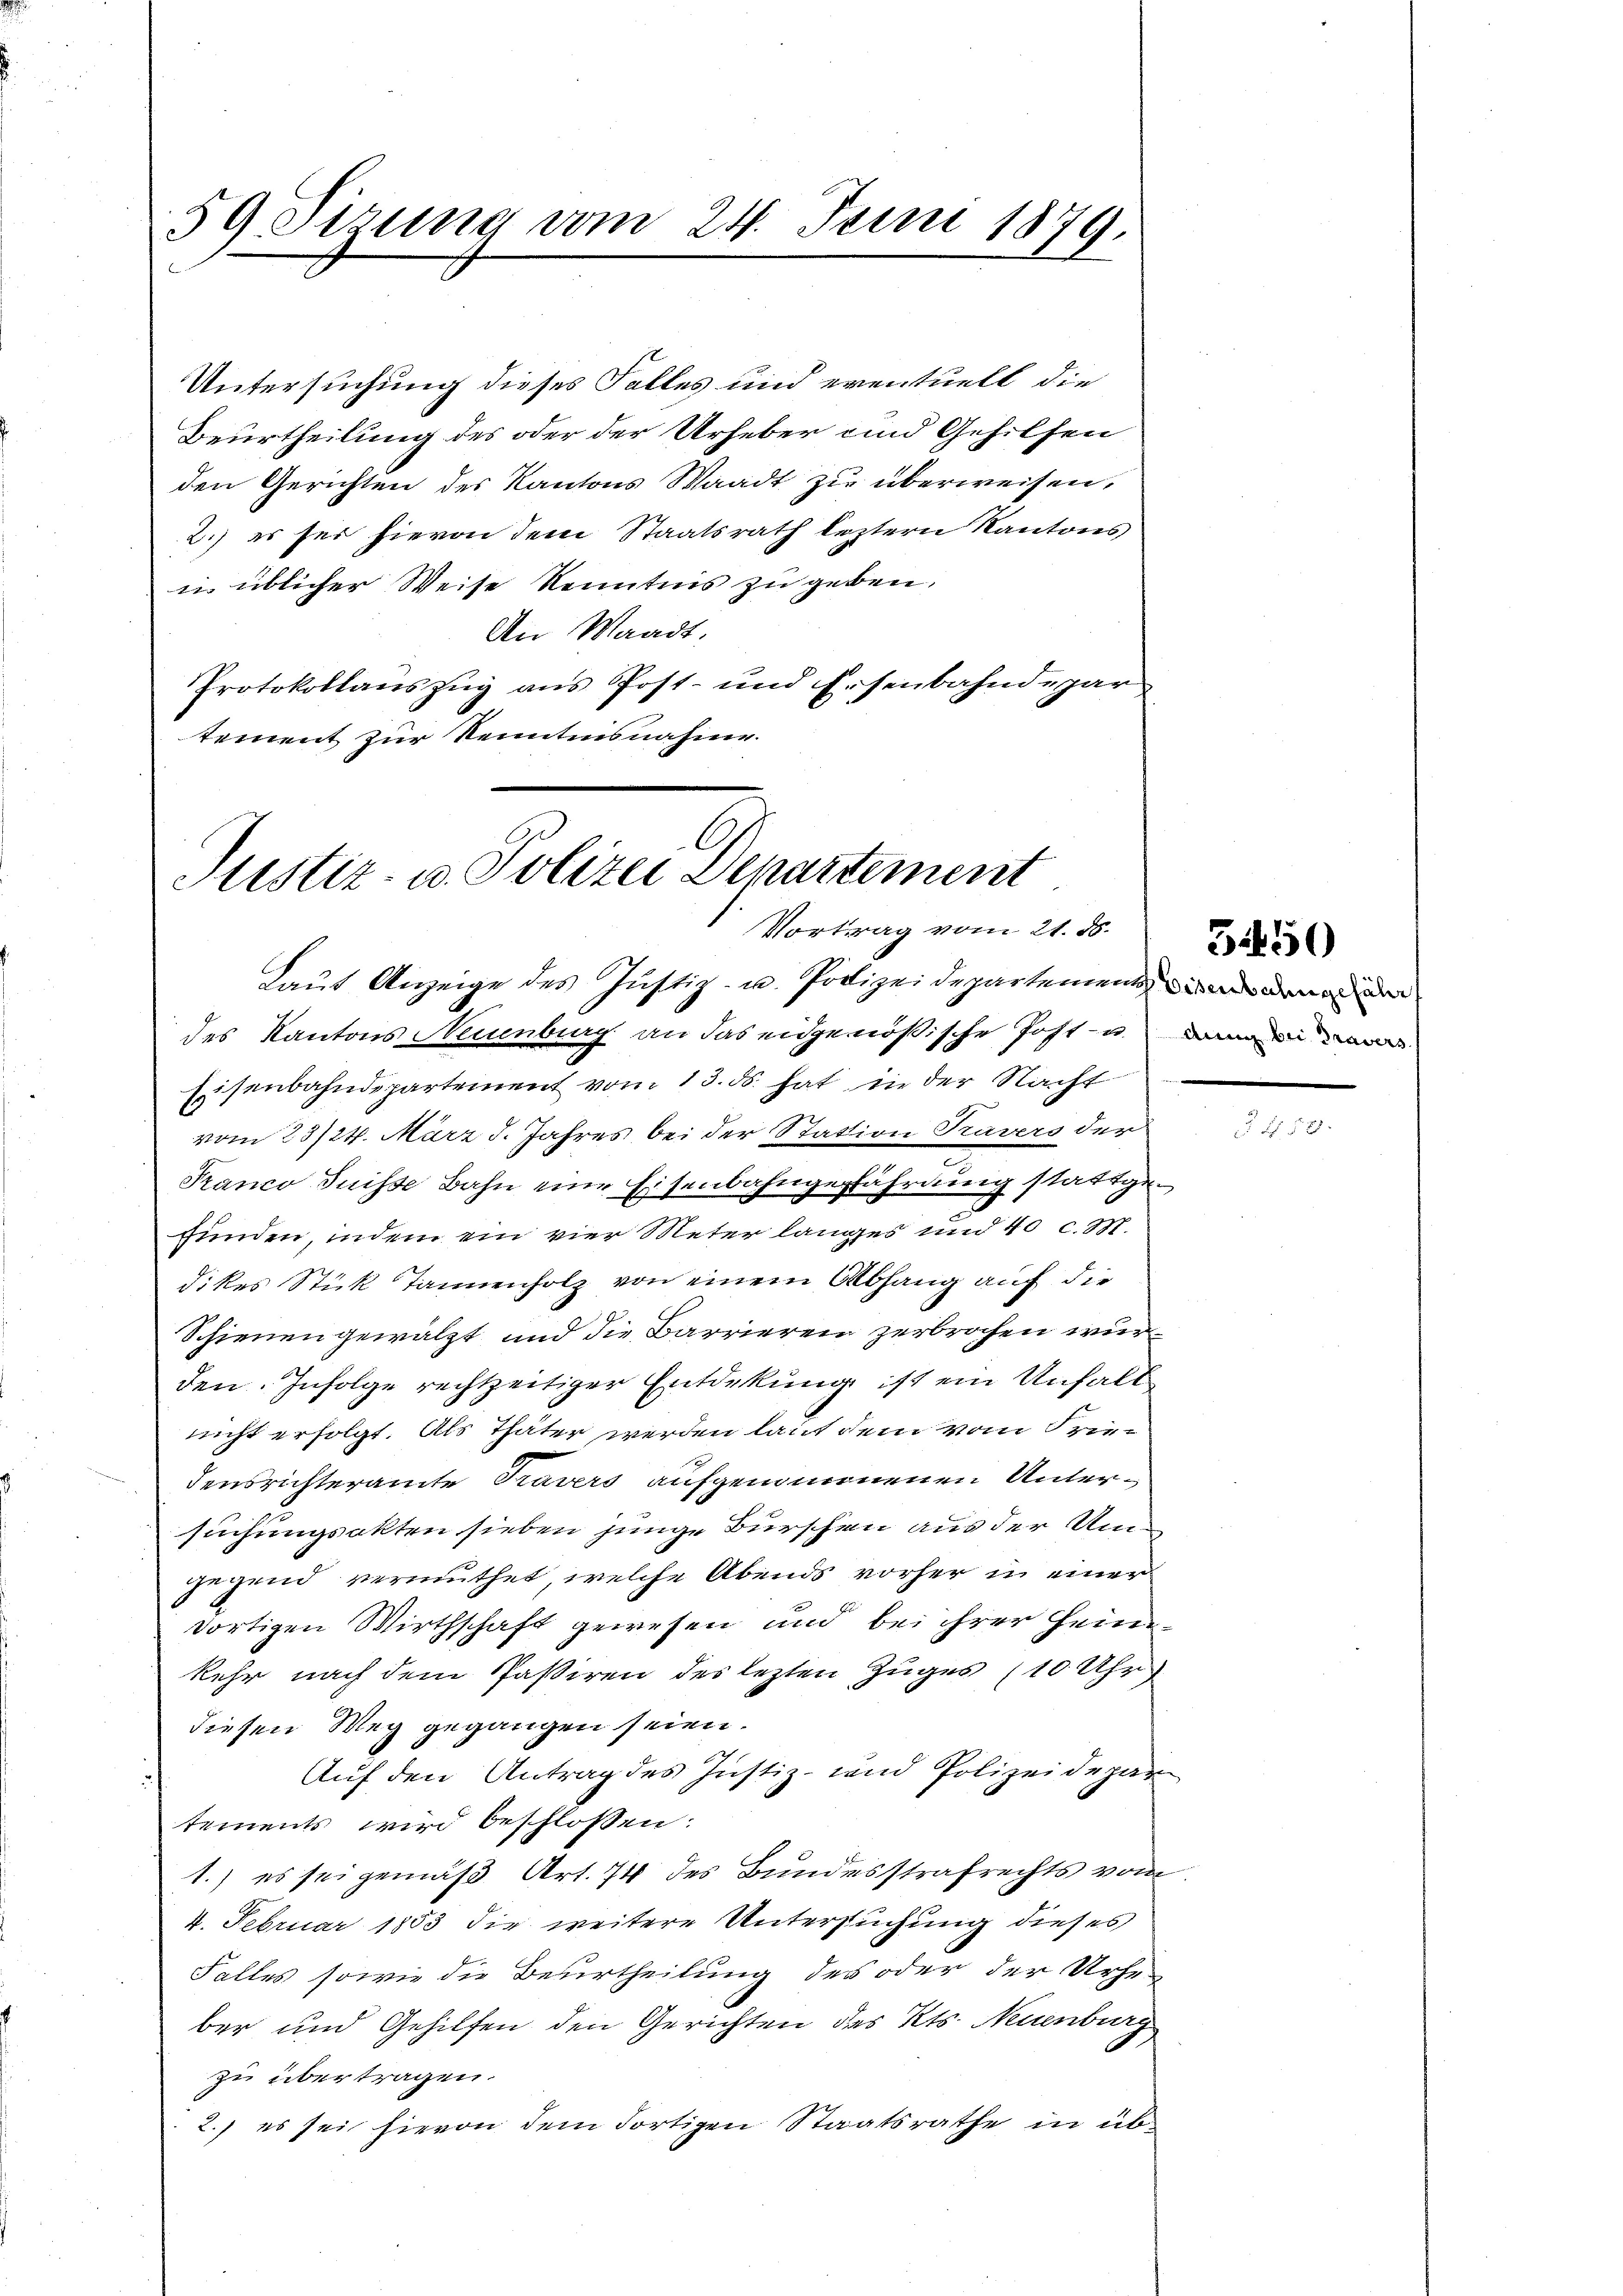
59 Sirung vom 24. Juni 1879.

Untersuchung dieses Falles und eventuell die
Beurtheilung des oder der Urheber und Gehilfen
den Gerichten des Kantons Waadt zu überweisen,
2.) es sei hievon dem Staatsrath leztern Kantons
in üblicher Weise könntens zu geben,
An Waadt,
Protokollauszug aus Post- und Eisenbahndepar
tement zur Kenntnisnahme.

Juster. v. Polizei Departement
Vortrag vom 21. 85.

Laut Anzeige des Justiz- u. Polizeidepartement den
des Kantons Neuenburg an das eidgenößische Post- u. die
Eisenbahndepartement vom 13. ds. hat in der Nacht
vom 23/24. März d. Jahres bei der Station Travers der
Franco Suisse Bahn eine Eisenbahngefährung stattgefunden, indem ein vier Meter langes und 40 c. M.
dikes Stück Tannenholz von einem Abhang auf die
Schienen gewälzt und die Barrieren zerbrochen wurden. Infolge rechtzeitiger Entdekung ist ein Unhalt
nicht erfolgt. Als Thäter werden laut dem vom Friedensrichteramte Travers aufgenommenen Untersuchungsakten sieben junge Bürschen aus der Um
gegend vermuthet, welche Abends vorher in einer
dortigen Wirthschaft gewesen und bei ihrer Heimkehr nach dem Passiren des lezten Zuges (10 Uhr
diesen Weg gegangen seien.
Auf den Antrag des Justiz- und Polizeidepar
tements wird beschlossen:
1.) es sei gemäß Art. 74 des Bundesstrafrechts vom
4. Februar 1853 die weitere Untersuchung dieses
Falles sowie die Beurtheilung des oder der Urheber und Gehilfen den Gerichten des Kts. Neuenburg
zu übertragen.
2.) es sei hievon dem dortigen Staatsrathe in üb¬

5450

No 52.